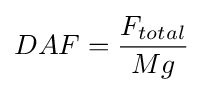
DAF={\frac {F_{total}}{Mg}}